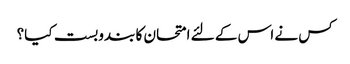
کس نے اس کے لئے امتحان کا بندوبست کیا؟